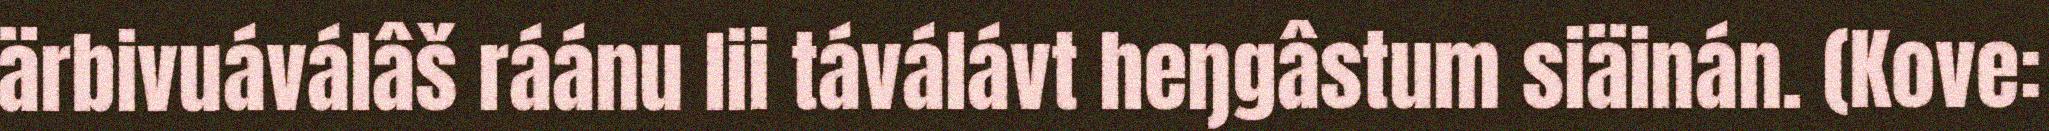
ärbivuáválâš ráánu lii táválávt heŋgâstum siäinán. (Kove: